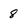
Character: 8